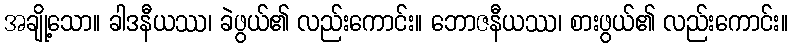
အချို့သော။ ခါဒနီယဿ၊ ခဲဖွယ်၏ လည်းကောင်း။ ဘောဇနီယဿ၊ စားဖွယ်၏ လည်းကောင်း။